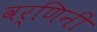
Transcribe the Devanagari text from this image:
वर्णिनी